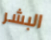
البشر